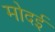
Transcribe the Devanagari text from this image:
मोदई